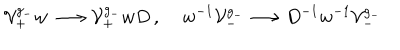
{ \cal V } _ { + } ^ { g _ { - } } w \, \longrightarrow { \cal V } _ { + } ^ { g _ { - } } w D \, , \; w ^ { - 1 } { \cal V } _ { - } ^ { g _ { - } } \longrightarrow D ^ { - 1 } w ^ { - 1 } { \cal V } _ { - } ^ { g _ { - } } \,